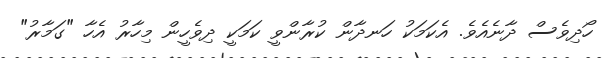
ހޯދިވެސް ދާނެއެވެ. އެކަމަކު ހަނދާން ކުރާންވީ ކަމަކީ ދިވެހީން މިހާރު އެހާ "ގަމާރު"